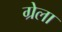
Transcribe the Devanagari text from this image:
ग्रेला